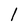
Character: 1